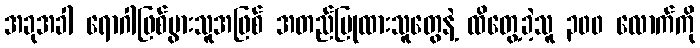
အခုအခါ ရောဂါဖြစ်ပွားသူအဖြစ် အတည်ပြုထားသူတွေနဲ့ ထိတွေ့ခဲ့သူ ၃၀၀ လောက်ကို